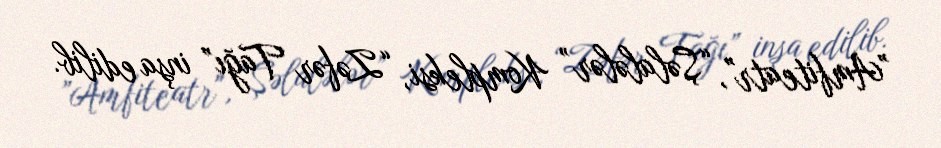
”Amfiteatr", “Şəlalələr” Kompleksi, “Zəfər Tağı” inşa edilib.